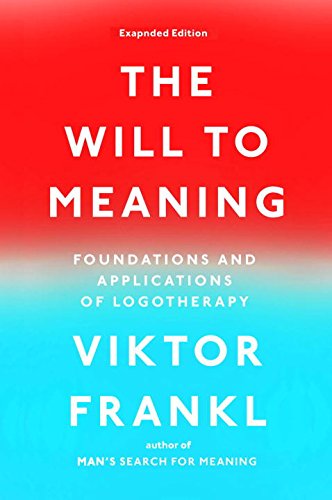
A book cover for The Will to Meaning: Foundations and Applications of Logotherapy; Viktor E. Frankl; Medical Books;